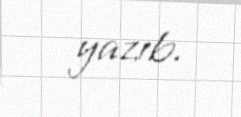
yazıb.